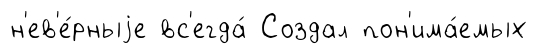
н'ев'е́рныjе вс'егда́ Создал пон'има́емых